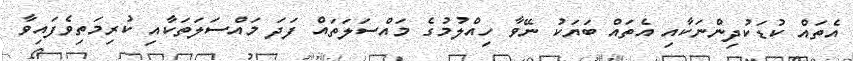
އެތައް ކުޑަކުދިންނަކާއި އެތައް ބަޔަކު ނޭވާ ހިއްލުމުގެ މައްސަލަތައް ފަދަ މައްސަލަތަކާއި ކުރިމަތިވެފައިވާ